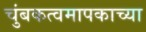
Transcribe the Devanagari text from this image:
चुंबकत्वमापकाच्या